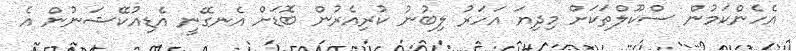
އެހެންކަމުން ސްކޫލްތަކަށް މިދިޔަ އަހަރު ލިބުނު ކުރިއެރުން ބޮޑަށް އެނގޭނީ އެޑިއުކޭޝަނުން އެ